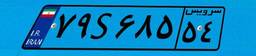
۶۷S۲۱۰۱۰